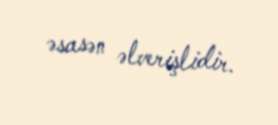
əsasən əlverişlidir.